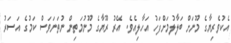
އެކުވެރިޔާގެ މޫނަށް ބަލާލުމަށްފަހު އަހާލިއެވެ. އޭރު ރޫޔާގެ މޫނުމަތިން ނުތަނަވަސް ކަމުގެ އަސަރު